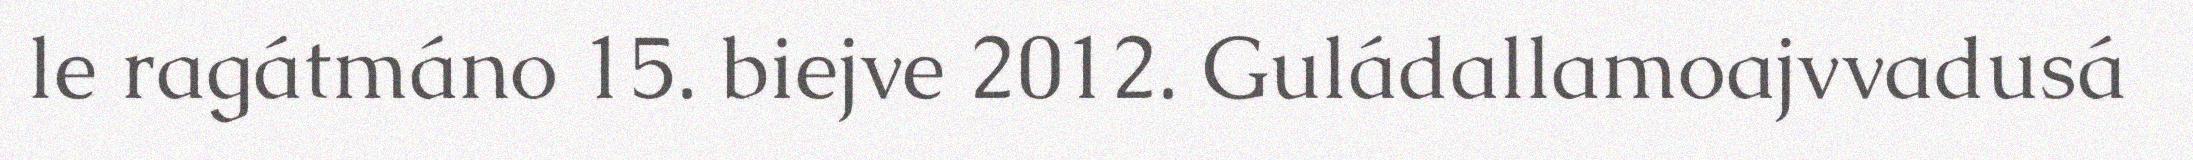
le ragátmáno 15. biejve 2012. Guládallamoajvvadusá